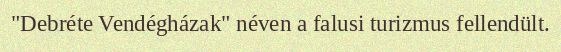
"Debréte Vendégházak" néven a falusi turizmus fellendült.